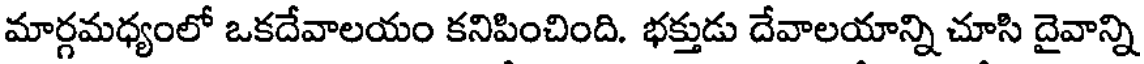
మార్గమధ్యంలో ఒకదేవాలయం కనిపించింది. భక్తుడు దేవాలయాన్ని చూసి దైవాన్ని